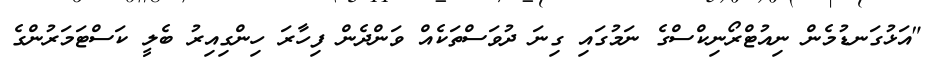
"އަޅުގަނޑުމެން ނިއުޓްރޯނިކްސްގެ ނަމުގައި ގިނަ ދުވަސްތަކެއް ވަންދެން ފިހާރަ ހިންގިއިރު ބެލީ ކަސްޓަމަރުންގެ